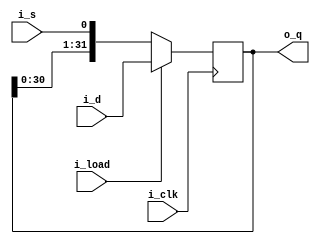
module shift_register
#(	
	parameter	BW_DATA			= 32
)
(	
	output reg	[BW_DATA-1:0]	o_q,
	input		[BW_DATA-1:0]	i_d,
	input						i_load,
	input						i_clk,
	input						i_s
);
	always @(posedge i_clk) begin
		if (i_load)	begin
			o_q <= i_d;
		end else begin
			o_q <= {o_q[BW_DATA-2:0], i_s};
		end
	end

endmodule